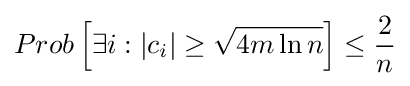
Prob\left[\exists i:|c_{i}|\geq {\sqrt {4m\ln n}}\right]\leq {\frac {2}{n}}